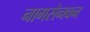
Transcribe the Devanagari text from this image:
नागसेनवन